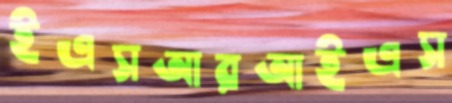
ইএসআরআইএস